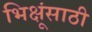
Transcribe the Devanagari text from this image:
भिक्षूंसाठी